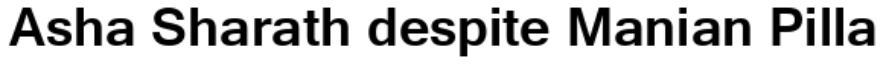
Asha Sharath despite Manian Pilla